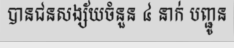
បានជនសង្ស័យចំនួន ៤ នាក់ បញ្ជូន